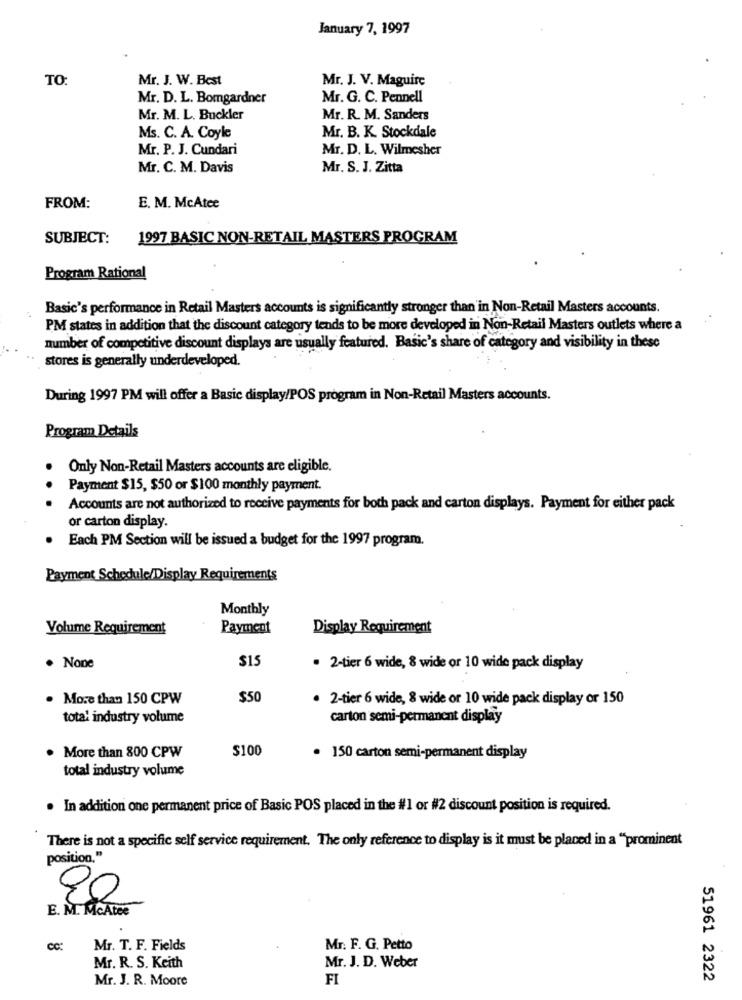
January 7, 1997
TO
Mr. J. W. Best
Mr. J. V. Maguire
Mr. D. L. Bomgardner
Mr. G. C. Pennell
Mr. M. L. Buckler
Mr. R. M. Sanders
Ms. C. A. Coyle
Mr. B. K. Stockdale
Mr. P. J. Cundari
Mr. D. L. Wilmesher
Mr. C. M. Davis
Mr. S. J. Zitta
FROM:
E. M. McAtee
SUBJECT:
1997 BASIC NON-RETAIL MASTERS PROGRAM
Program Rational
Basic's performance in Retail Masters accounts is significantly stronger than in Non-Retail Masters accounts.
PM states in addition that the discount category tends to be more developed in Non-Retail Masters outlets where a
number of competitive discount displays are usually featured. Basic's share of category and visibility in these
stores is generally underdeveloped.
During 1997 PM will offer a Basic display/POS program in Non-Retail Masters accounts.
Program Details
Only Non-Retail Masters accounts are eligible.
Payment $15, $50 or $100 monthly payment.
Accounts are not authorized to receive payments for both pack and carton displays. Payment for either pack
or carton display.
Each PM Section will be issued a budget for the 1997 program.
Payment Schedule/Display Requirements
Monthly
Volume Requirement
Payment
Display Requirement
$15
. None
. 2-tier 6 wide, 8 wide or 10 wide pack display
. More than 150 CPW
$50
. 2-tier 6 wide, 8 wide or 10 wide pack display or 150
total industry volume
carton semi-permanent display
$100
. More than 800 CPW
· 150 carton semi-permanent display
total industry volume
In addition one permanent price of Basic POS placed in the #1 or #2 discount position is required.
There is not a specific self service requirement. The only reference to display is it must be placed in a "prominent
position,"
90
E. M. McAtee
cc:
Mr. T. F. Fields
Mr. F. G. Petto
Mr. R. S. Keith
Mr. J. D. Weber
Mr. J. R. Moore
FI
51961 2322